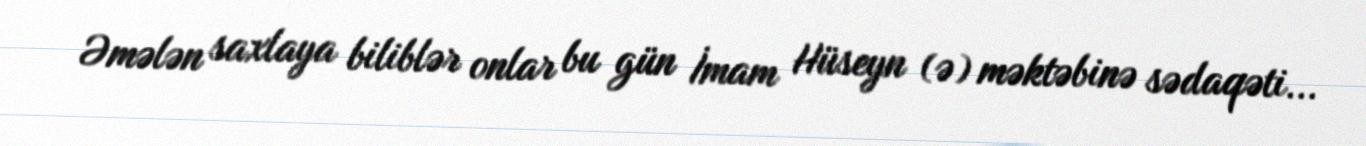
Əmələn saxlaya biliblər onlar bu gün İmam Hüseyn (ə) məktəbinə sədaqəti...